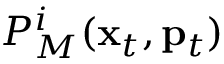
P _ { M } ^ { i } ( { \bf x } _ { t } , { \bf p } _ { t } )